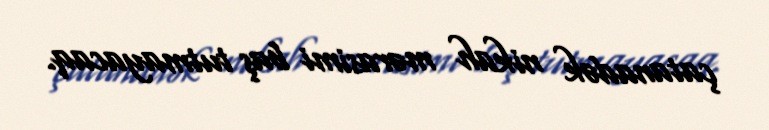
çatanadək nikah mərasimi baş tutmayacaq.